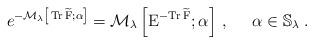
LaTeX: \begin{align*}e^{-\mathcal{M}_{\lambda}\left[\, \mathrm{Tr}\,\widetilde{\mathrm{F}};\alpha\right]}=\mathcal{M}_{\lambda}\left[\mathrm{E}^{-\mathrm{Tr}\,\widetilde{\mathrm{F}}};\alpha\right]\,,\;\;\;\;\;\alpha\in\mathbb{S}_\lambda\;.\end{align*}